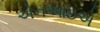
એનઆઇએ